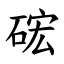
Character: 硡